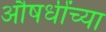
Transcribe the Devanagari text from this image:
औषधींच्या